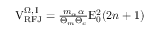
\begin{array} { r } { \mathrm { V } _ { \mathrm { R F J } } ^ { \Omega , \, \mathrm { I } } = \frac { m _ { \alpha } \alpha } { \Theta _ { m } \Theta _ { c } } \mathrm { E } _ { 0 } ^ { 2 } ( 2 n + 1 ) } \end{array}